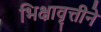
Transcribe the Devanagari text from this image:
भिक्षावृत्तीने